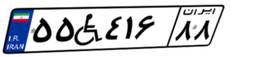
۱۰W۱۲۶۶۳